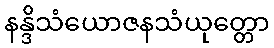
နန္ဒိသံယောဇနသံယုတ္တော